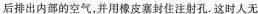
后排出内部的空气，并用橡皮塞封住注射孔.这时人无